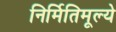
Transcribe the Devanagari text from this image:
निर्मितिमूल्ये